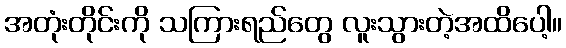
အတုံးတိုင်းကို သကြားရည်တွေ လူးသွားတဲ့အထိပေါ့။